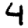
Digit: 4